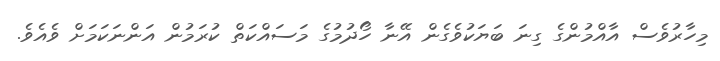
މިހާރުވެސް އާއްމުންގެ ގިނަ ބަޔަކުވެގެން އޭނާ ހޯދުމުގެ މަސައްކަތް ކުރަމުން އަންނަކަމަށް ވެއެވެ.